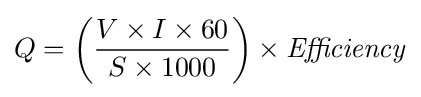
Q=\left({\frac {V\times I\times 60}{S\times 1000}}\right)\times {\mathit {Efficiency}}